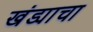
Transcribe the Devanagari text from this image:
खंड्याचा